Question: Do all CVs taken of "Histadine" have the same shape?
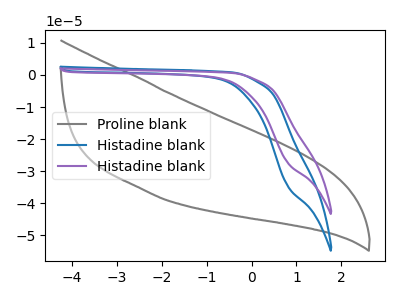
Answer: <think>The gray curve "Proline blank" has no peaks. The blue curve "Histadine blank" has no peaks. The purple curve "Histadine blank" has no peaks.
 Neither "Proline blank" or "Histadine blank" have any peaks. Neither "Proline blank" or "Histadine blank" have any peaks. Neither "Histadine blank" or "Histadine blank" have any peaks.</think>
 <answer>All the CV's of "Histadine" have similar shape.</answer>
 <eval>follow_rule</eval>